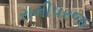
રાનીપરજ